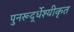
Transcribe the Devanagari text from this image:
पुनरूर्द्धेश्यीकृत